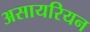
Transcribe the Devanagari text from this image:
असायरियन